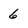
Character: 6